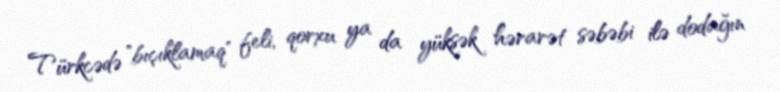
Türkcədə "bıçıklamaq" feli, qorxu ya da yüksək hərarət səbəbi ilə dodağın